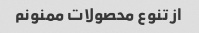
از تنوع محصولات ممنونم